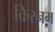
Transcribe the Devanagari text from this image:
किरनम